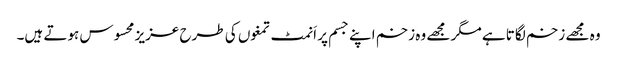
وہ مجھے زخم لگاتا ہے مگر مجھے وہ زخم اپنے جسم پر اَنمٹ تمغوں کی طرح عزیز محسوس ہوتے ہیں۔